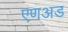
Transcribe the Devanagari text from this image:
एणअड